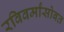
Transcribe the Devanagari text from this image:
रविवर्मांसोबत